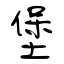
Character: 堡